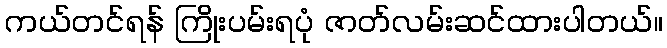
ကယ်တင်ရန် ကြိုးပမ်းရပုံ ဇာတ်လမ်းဆင်ထားပါတယ်။